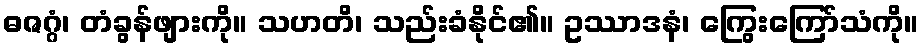
ဓဇဂ္ဂံ၊ တံခွန်ဖျားကို။ သဟတိ၊ သည်းခံနိုင်၏။ ဥဿာဒနံ၊ ကြွေးကြော်သံကို။